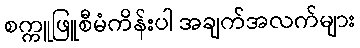
စက္ကူဖြူစီမံကိန်းပါ အချက်အလက်များ